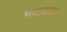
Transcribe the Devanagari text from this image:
भाटकाल